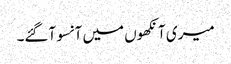
میری آنکھوں میں آنسو آگئے۔